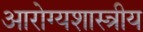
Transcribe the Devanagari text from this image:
आरोग्यशास्त्रीय